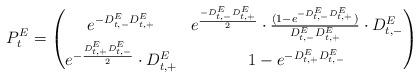
LaTeX: \begin{align*}P^E_t = \begin{pmatrix}e^{-D^{E}_{t,-}D^{E}_{t,+}} & e^{\frac{-D^{E}_{t,-}D^{E}_{t,+}}{2}} \cdot \frac{(1 - e^{-D^{E}_{t,-}D^{E}_{t,+}})}{D^{E}_{t,-}D^{E}_{t,+}} \cdot D^{E}_{t,-}\\e^{-\frac{D^{E}_{t,+}D^{E}_{t,-}}{2}} \cdot D^{E}_{t,+} & 1 - e^{-D^{E}_{t,+}D^{E}_{t,-}} \end{pmatrix}\end{align*}